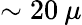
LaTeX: \sim 20\: \mu